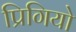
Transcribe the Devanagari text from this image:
प्रिगियो